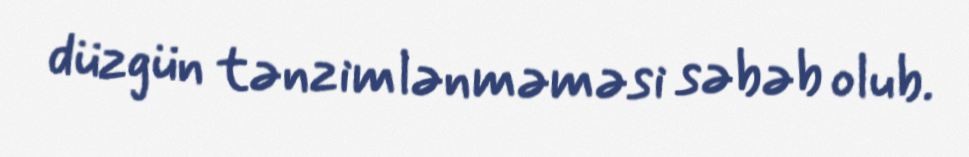
düzgün tənzimlənməməsi səbəb olub.